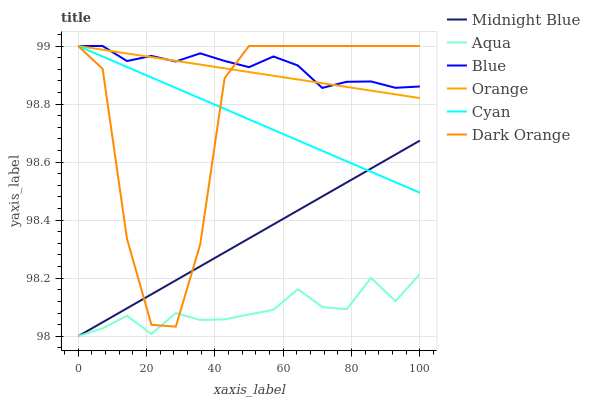
| xaxis_label | Midnight Blue | Aqua | Blue | Orange | Cyan | Dark Orange |
 | --- | --- | --- | --- | --- | --- | --- |
 | 0 | 98 | 98 | 99 | 99 | 99 | 99 |
 | 7.14 | 98 | 98 | 99 | 99 | 99 | 98.9 |
 | 14.3 | 98.1 | 98.1 | 98.9 | 99 | 98.9 | 98.3 |
 | 21.4 | 98.1 | 98 | 99 | 99 | 98.9 | 98 |
 | 28.6 | 98.2 | 98.1 | 98.9 | 98.9 | 98.9 | 98 |
 | 35.7 | 98.2 | 98.1 | 99 | 98.9 | 98.8 | 98.3 |
 | 42.9 | 98.3 | 98.1 | 98.9 | 98.9 | 98.8 | 98.9 |
 | 50 | 98.3 | 98.1 | 98.9 | 98.9 | 98.7 | 99 |
 | 57.1 | 98.4 | 98.1 | 99 | 98.9 | 98.7 | 99 |
 | 64.3 | 98.4 | 98.2 | 98.9 | 98.9 | 98.7 | 99 |
 | 71.4 | 98.5 | 98.1 | 98.9 | 98.9 | 98.6 | 99 |
 | 78.6 | 98.5 | 98.1 | 98.9 | 98.9 | 98.6 | 99 |
 | 85.7 | 98.6 | 98.2 | 98.9 | 98.8 | 98.6 | 99 |
 | 92.9 | 98.6 | 98.1 | 98.9 | 98.8 | 98.5 | 99 |
 | 100 | 98.7 | 98.2 | 98.9 | 98.8 | 98.5 | 99 |